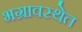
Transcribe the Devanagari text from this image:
भग्रावस्थेत